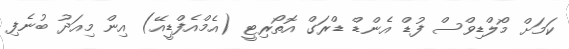
ކަމަށް މޯލްޑިވްސް ފުޑް އެންޑް ޑްރަގް އޮތޯރިޓީ (އެމްއެފްޑީއޭ) އިން މިއަދު ބުނެފި